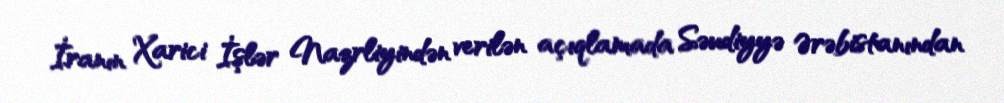
İranın Xarici İşlər Nazrliyindən verilən açıqlamada Səudiyyə Ərəbistanından